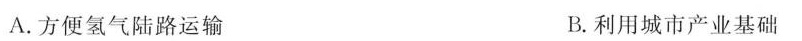
A.方便氢气陆路运输 B.利用城市产业基础